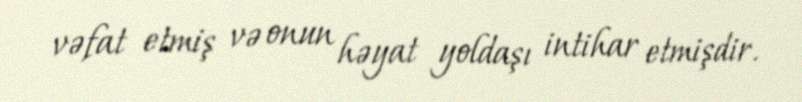
vəfat etmiş və onun həyat yoldaşı intihar etmişdir.